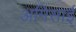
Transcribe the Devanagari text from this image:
अमिसाई